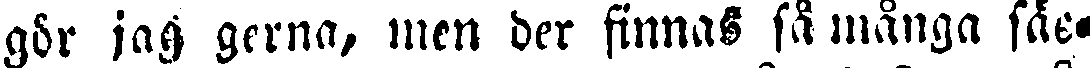
gör jag gerna, men der finnas så många säc-